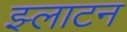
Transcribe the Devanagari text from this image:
झ्लाटन